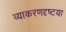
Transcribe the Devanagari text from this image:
व्याकरणदृष्टया